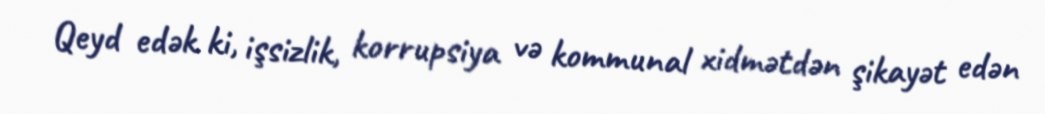
Qeyd edək ki, işsizlik, korrupsiya və kommunal xidmətdən şikayət edən